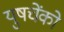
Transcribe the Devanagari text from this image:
युषचेंको